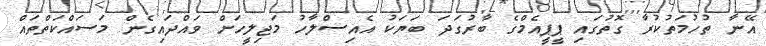
އޭނާ ތުހުމަތުކުރާ ގޮތުގައި ޕީޕީއެމްގެ ބާރުގަދަ ބަޔަކު އެއިސްލާހު މަޖިލީހަށް ވައްދައިގެން މަސައްކަތްތައް